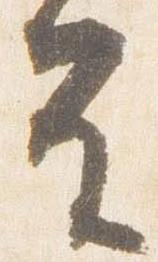
皇